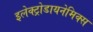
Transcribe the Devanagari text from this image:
इलेक्ट्रोडायनेमिक्स